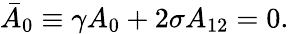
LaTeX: \bar{A}_{0}\equiv\gamma A_{0}+2\sigma A_{12}=0.